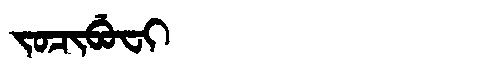
Manchu: ᠵᠣᠴᡳᠪᡠᠸᡳ
Romanization: JOCIBUFI